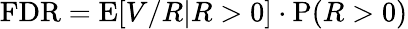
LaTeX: \mathrm{FDR}=\mathrm{E}\! \left[V/R|R>0\right]\cdot\mathrm{P}\! \left(R>0\right)